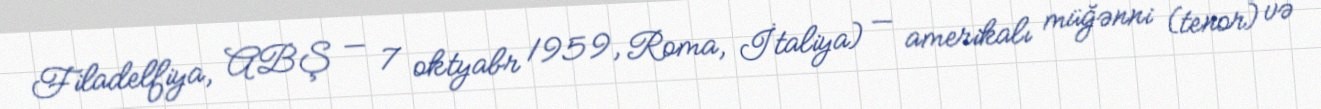
Filadelfiya, ABŞ — 7 oktyabr 1959, Roma, İtaliya) — amerikalı müğənni (tenor) və